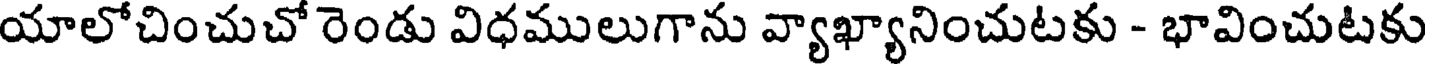
యాలోచించుచో రెండు విధములుగాను వ్యాఖ్యానించుటకు - భావించుటకు